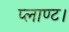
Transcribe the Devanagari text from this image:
प्लाण्ट।